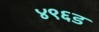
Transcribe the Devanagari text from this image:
४९६ड